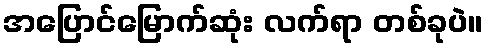
အပြောင်မြောက်ဆုံး လက်ရာ တစ်ခုပဲ။